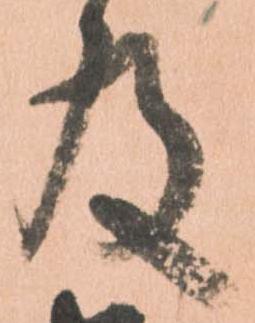
及